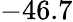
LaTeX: -46.7